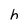
Character: h